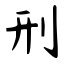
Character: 刑